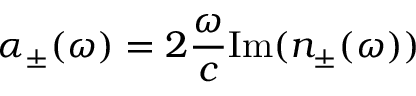
\alpha _ { \pm } ( \omega ) = 2 \frac { \omega } { c } \mathrm { I m } ( n _ { \pm } ( \omega ) )